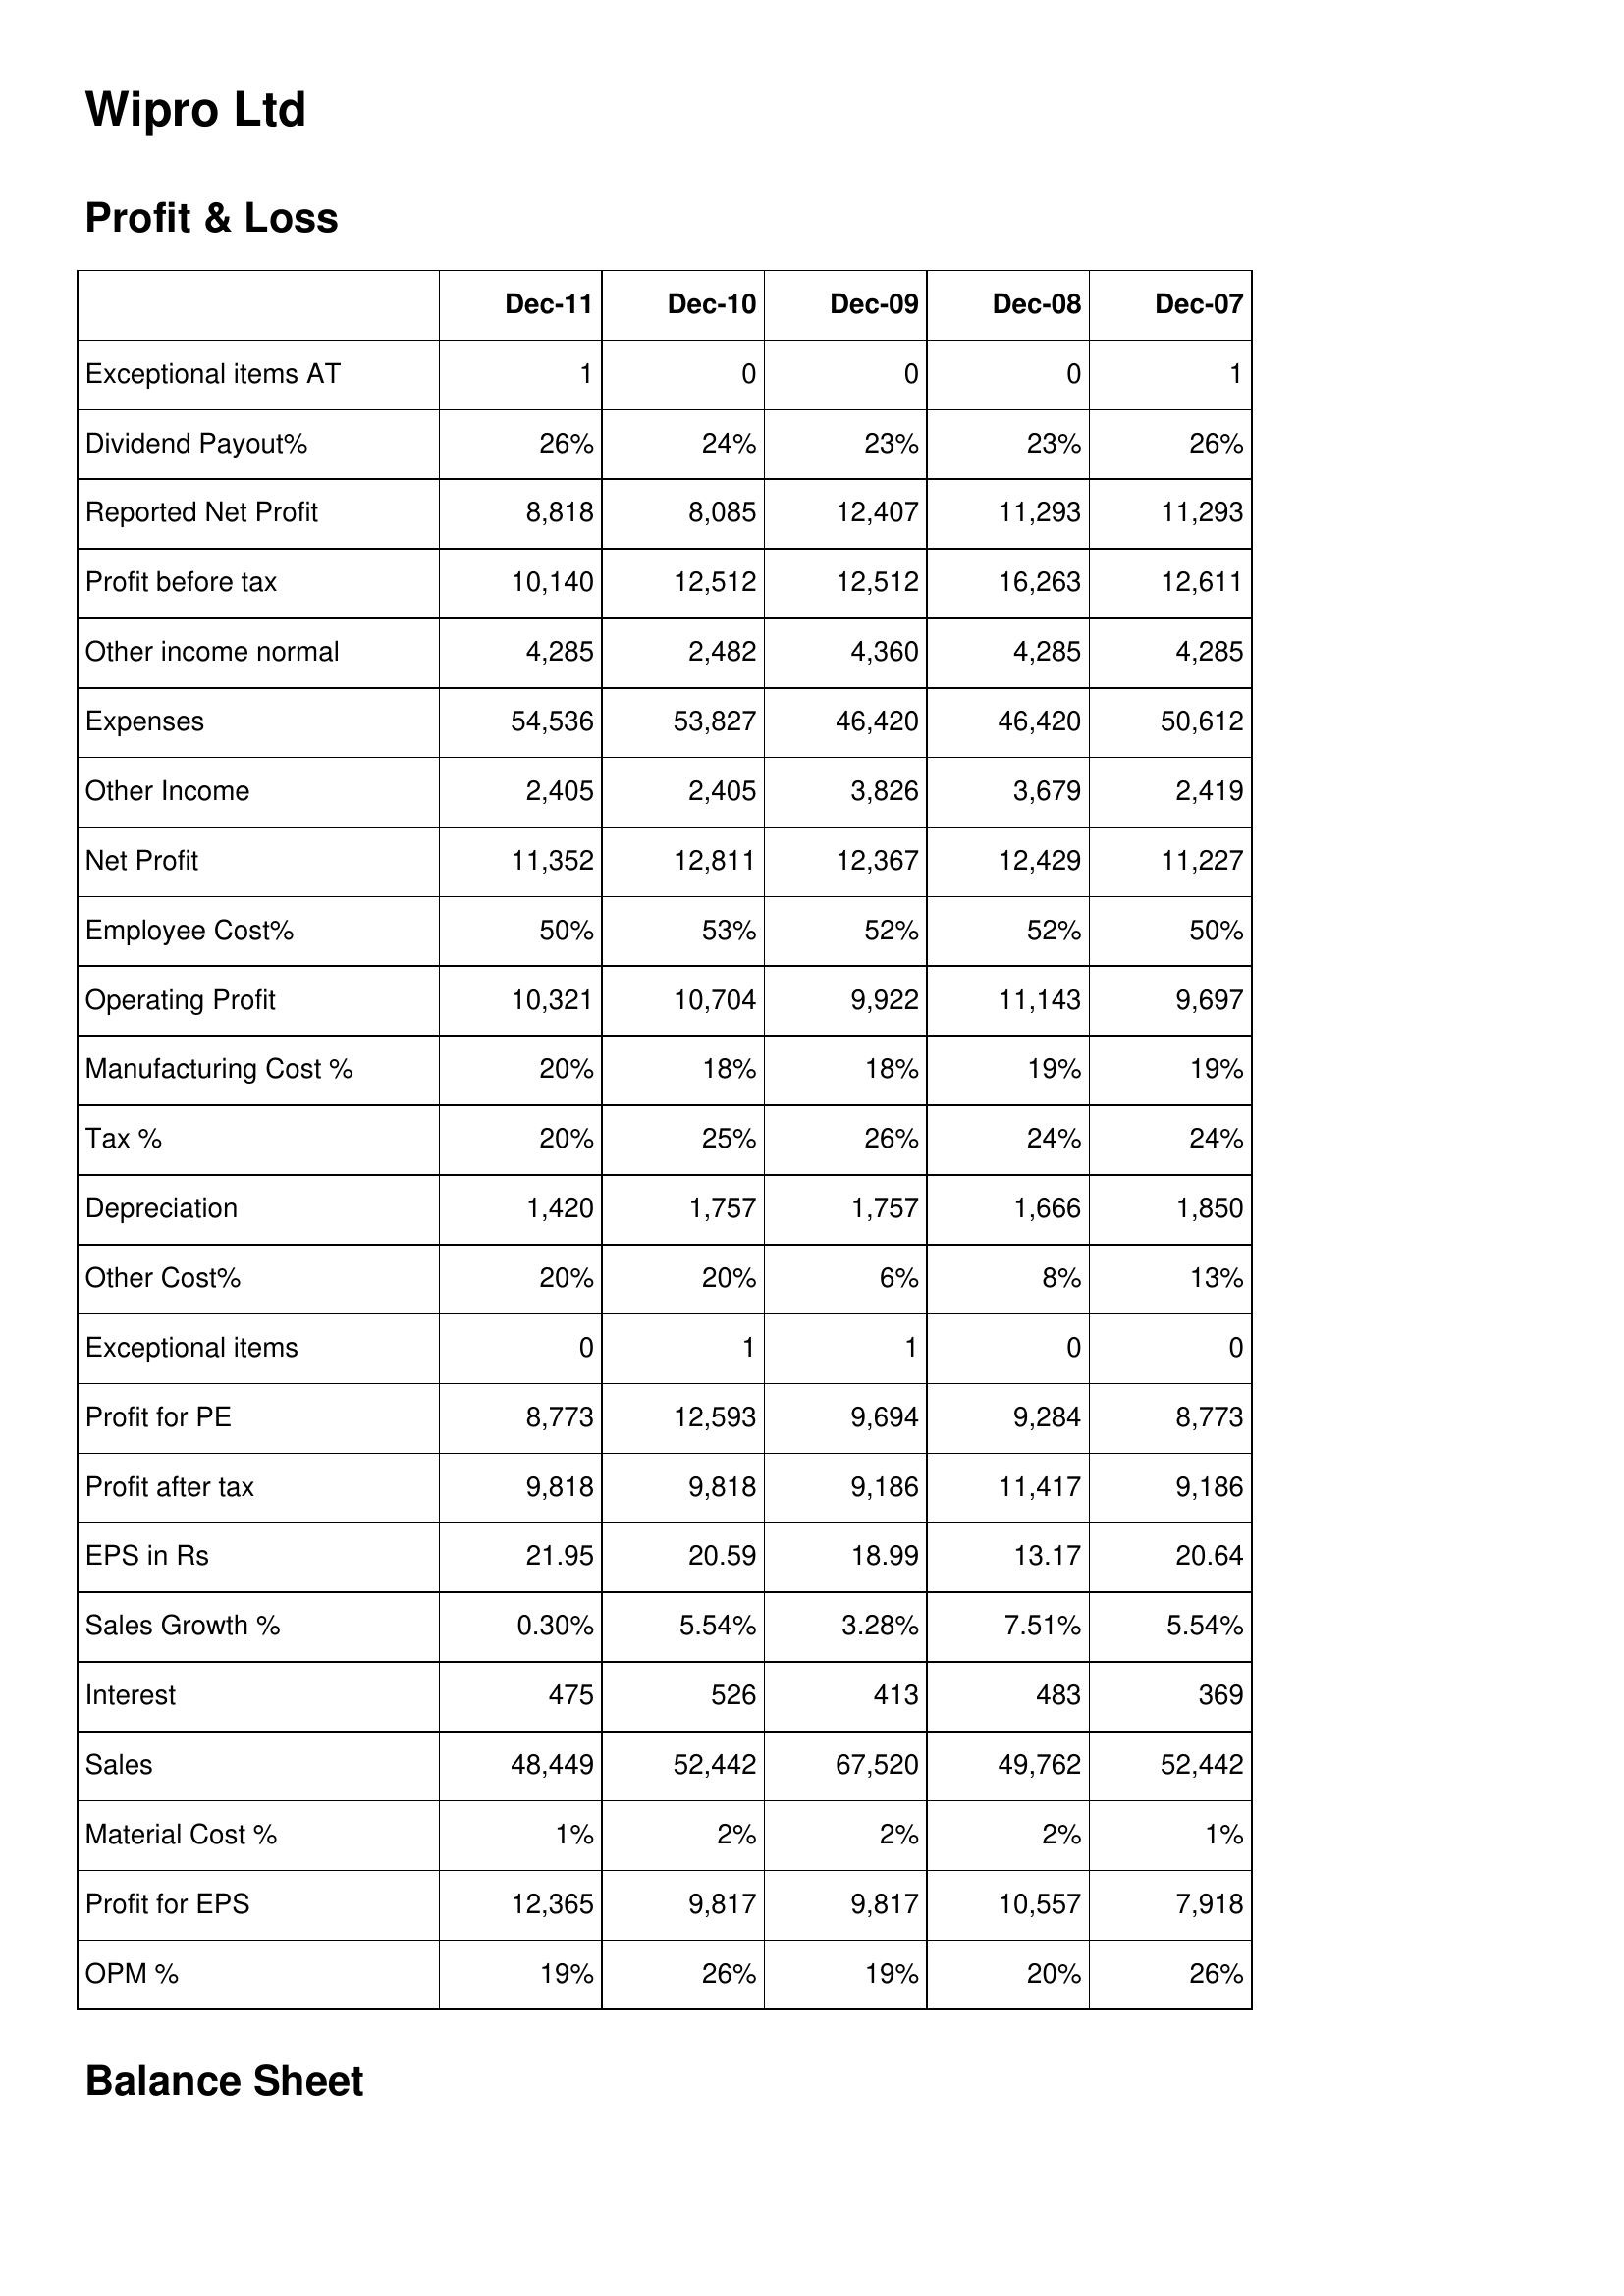
Dec-11: Profit & Loss: Exceptional items AT: 1
Dividend Payout%: 26%
Reported Net Profit: 8,818
Profit before tax: 10,140
Other income normal: 4,285
Expenses: 54,536
Other Income: 2,405
Net Profit: 11,352
Employee Cost%: 50%
Operating Profit: 10,321
Manufacturing Cost %: 20%
Tax %: 20%
Depreciation: 1,420
Other Cost%: 20%
Exceptional items: 0
Profit for PE: 8,773
Profit after tax: 9,818
EPS in Rs: 21.95
Sales Growth %: 0.30%
Interest: 475
Sales: 48,449
Material Cost %: 1%
Profit for EPS: 12,365
OPM %: 19%
Dec-10: Profit & Loss: Exceptional items AT: 0
Dividend Payout%: 24%
Reported Net Profit: 8,085
Profit before tax: 12,512
Other income normal: 2,482
Expenses: 53,827
Other Income: 2,405
Net Profit: 12,811
Employee Cost%: 53%
Operating Profit: 10,704
Manufacturing Cost %: 18%
Tax %: 25%
Depreciation: 1,757
Other Cost%: 20%
Exceptional items: 1
Profit for PE: 12,593
Profit after tax: 9,818
EPS in Rs: 20.59
Sales Growth %: 5.54%
Interest: 526
Sales: 52,442
Material Cost %: 2%
Profit for EPS: 9,817
OPM %: 26%
Dec-09: Profit & Loss: Exceptional items AT: 0
Dividend Payout%: 23%
Reported Net Profit: 12,407
Profit before tax: 12,512
Other income normal: 4,360
Expenses: 46,420
Other Income: 3,826
Net Profit: 12,367
Employee Cost%: 52%
Operating Profit: 9,922
Manufacturing Cost %: 18%
Tax %: 26%
Depreciation: 1,757
Other Cost%: 6%
Exceptional items: 1
Profit for PE: 9,694
Profit after tax: 9,186
EPS in Rs: 18.99
Sales Growth %: 3.28%
Interest: 413
Sales: 67,520
Material Cost %: 2%
Profit for EPS: 9,817
OPM %: 19%
Dec-08: Profit & Loss: Exceptional items AT: 0
Dividend Payout%: 23%
Reported Net Profit: 11,293
Profit before tax: 16,263
Other income normal: 4,285
Expenses: 46,420
Other Income: 3,679
Net Profit: 12,429
Employee Cost%: 52%
Operating Profit: 11,143
Manufacturing Cost %: 19%
Tax %: 24%
Depreciation: 1,666
Other Cost%: 8%
Exceptional items: 0
Profit for PE: 9,284
Profit after tax: 11,417
EPS in Rs: 13.17
Sales Growth %: 7.51%
Interest: 483
Sales: 49,762
Material Cost %: 2%
Profit for EPS: 10,557
OPM %: 20%
Dec-07: Profit & Loss: Exceptional items AT: 1
Dividend Payout%: 26%
Reported Net Profit: 11,293
Profit before tax: 12,611
Other income normal: 4,285
Expenses: 50,612
Other Income: 2,419
Net Profit: 11,227
Employee Cost%: 50%
Operating Profit: 9,697
Manufacturing Cost %: 19%
Tax %: 24%
Depreciation: 1,850
Other Cost%: 13%
Exceptional items: 0
Profit for PE: 8,773
Profit after tax: 9,186
EPS in Rs: 20.64
Sales Growth %: 5.54%
Interest: 369
Sales: 52,442
Material Cost %: 1%
Profit for EPS: 7,918
OPM %: 26%